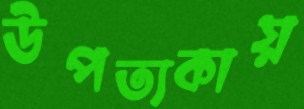
উপত্যকায়